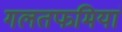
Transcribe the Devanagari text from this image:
गलतफमियां